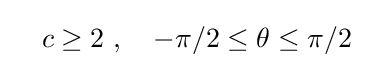
\quad c\geq 2\ ,\quad -\pi /2\leq \theta \leq \pi /2